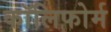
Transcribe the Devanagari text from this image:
कॉलिफोर्म